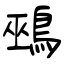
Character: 鵐